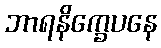
ဘာရနိက္ခေပနေ